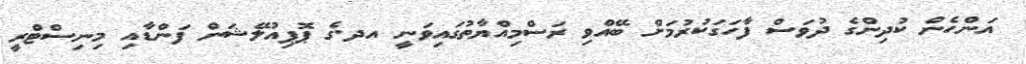
އަންހެން ކުދިންގެ ދުވަސް ފާހަގަކުރުމަށް ބޭއްވި ރަސްމިއްޔާތުގައިވަނީ އދ.ގެ ޕޮޕިއުލޭޝަން ފަންޑާއި މިނިސްޓްރީ